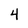
Character: 4